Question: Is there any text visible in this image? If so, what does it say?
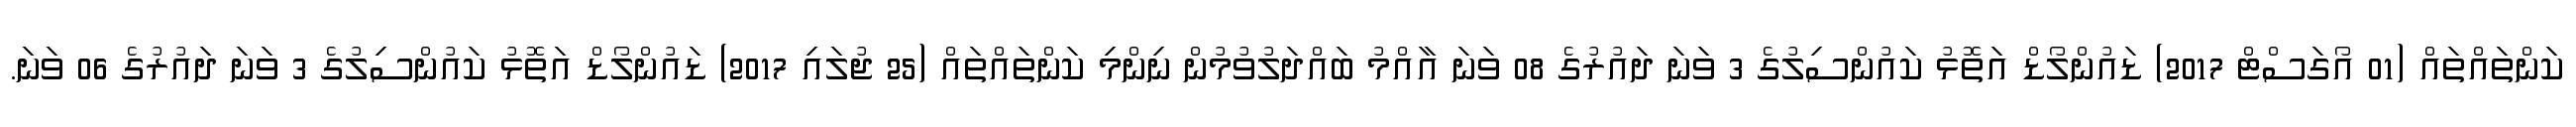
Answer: ކަންތައްތައް (01 އޯގަސްޓް 2017) ޑައުންލޯޑް އަތޮޅު ކައުންސިލުގެ 3 ވަނަ ދައުރުގެ 08 ވަނަ އާއްމު ބައްދަލުވުމުން ނިންމި ކަންތައްތައް (25 ޖުލައި 2017) ޑައުންލޯޑް އަތޮޅު ކައުންސިލުގެ 3 ވަނަ ދައުރުގެ 06 ވަނަ.